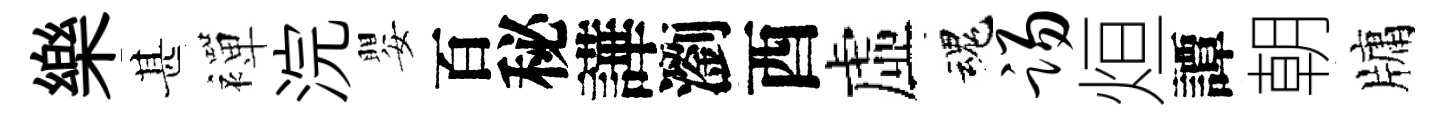
樂甚襌浣嬰百秘譁瀏酉虛魂踢烜譚朝牗